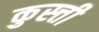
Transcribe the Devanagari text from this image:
कुस्त्ती